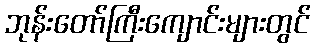
ဘုန်းတော်ကြီးကျောင်းများတွင်